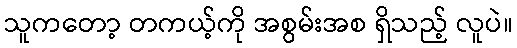
သူကတော့ တကယ့်ကို အစွမ်းအစ ရှိသည့် လူပဲ။